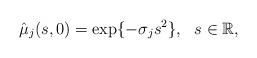
LaTeX: \begin{align*}\hat\mu_j(s, 0)=\exp\{-\sigma_js^2\}, \ \ s\in \mathbb{R},\end{align*}